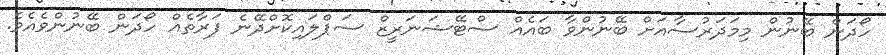
ހޯދަން ބޭނުން މިމަދަރުސާއަށް ބޭނުންވާ ބައެއް ސްޓޭޝަނަރީޒް ސަޕްލައިކޮށްދޭނެ ފަރާތެއް ހޯދަން ބޭނުންވެއެވެ.